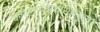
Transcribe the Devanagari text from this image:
कालगणनाशास्त्रानुसार